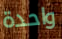
واحدة